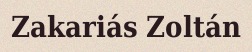
Zakariás Zoltán